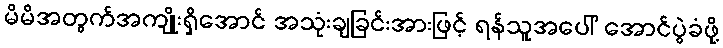
မိမိအတွက်အကျိုးရှိအောင် အသုံးချခြင်းအားဖြင့် ရန်သူအပေါ် အောင်ပွဲခံဖို့